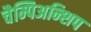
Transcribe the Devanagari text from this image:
चैम्पिअन्शिप